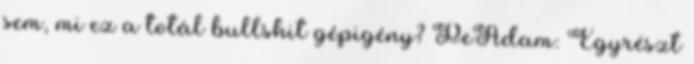
sem, mi ez a totál bullshit gépigény? PeAdam: Egyrészt